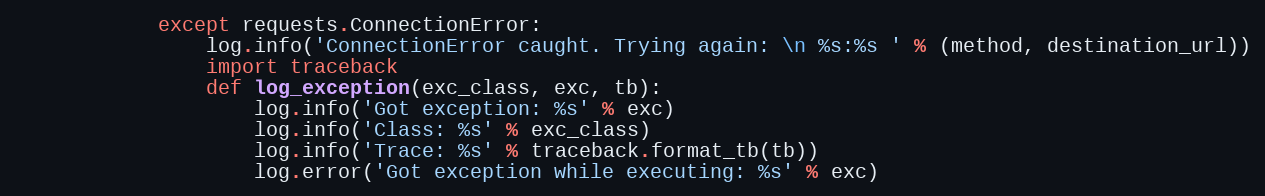
Language: Python
            except requests.ConnectionError:
                log.info('ConnectionError caught. Trying again: \n %s:%s ' % (method, destination_url))
                import traceback
                def log_exception(exc_class, exc, tb):
                    log.info('Got exception: %s' % exc)
                    log.info('Class: %s' % exc_class)
                    log.info('Trace: %s' % traceback.format_tb(tb))
                    log.error('Got exception while executing: %s' % exc)